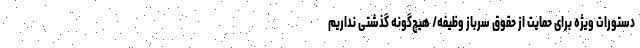
دستورات ویژه برای حمایت از حقوق سرباز وظیفه/ هیچ‌گونه گذشتی نداریم